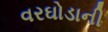
વરઘોડાની